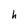
Character: h